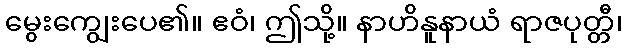
မွေးကျွေးပေ၏။ ဧဝံ၊ ဤသို့။ နာဟိနူနာယံ ရာဇပုတ္တီ၊